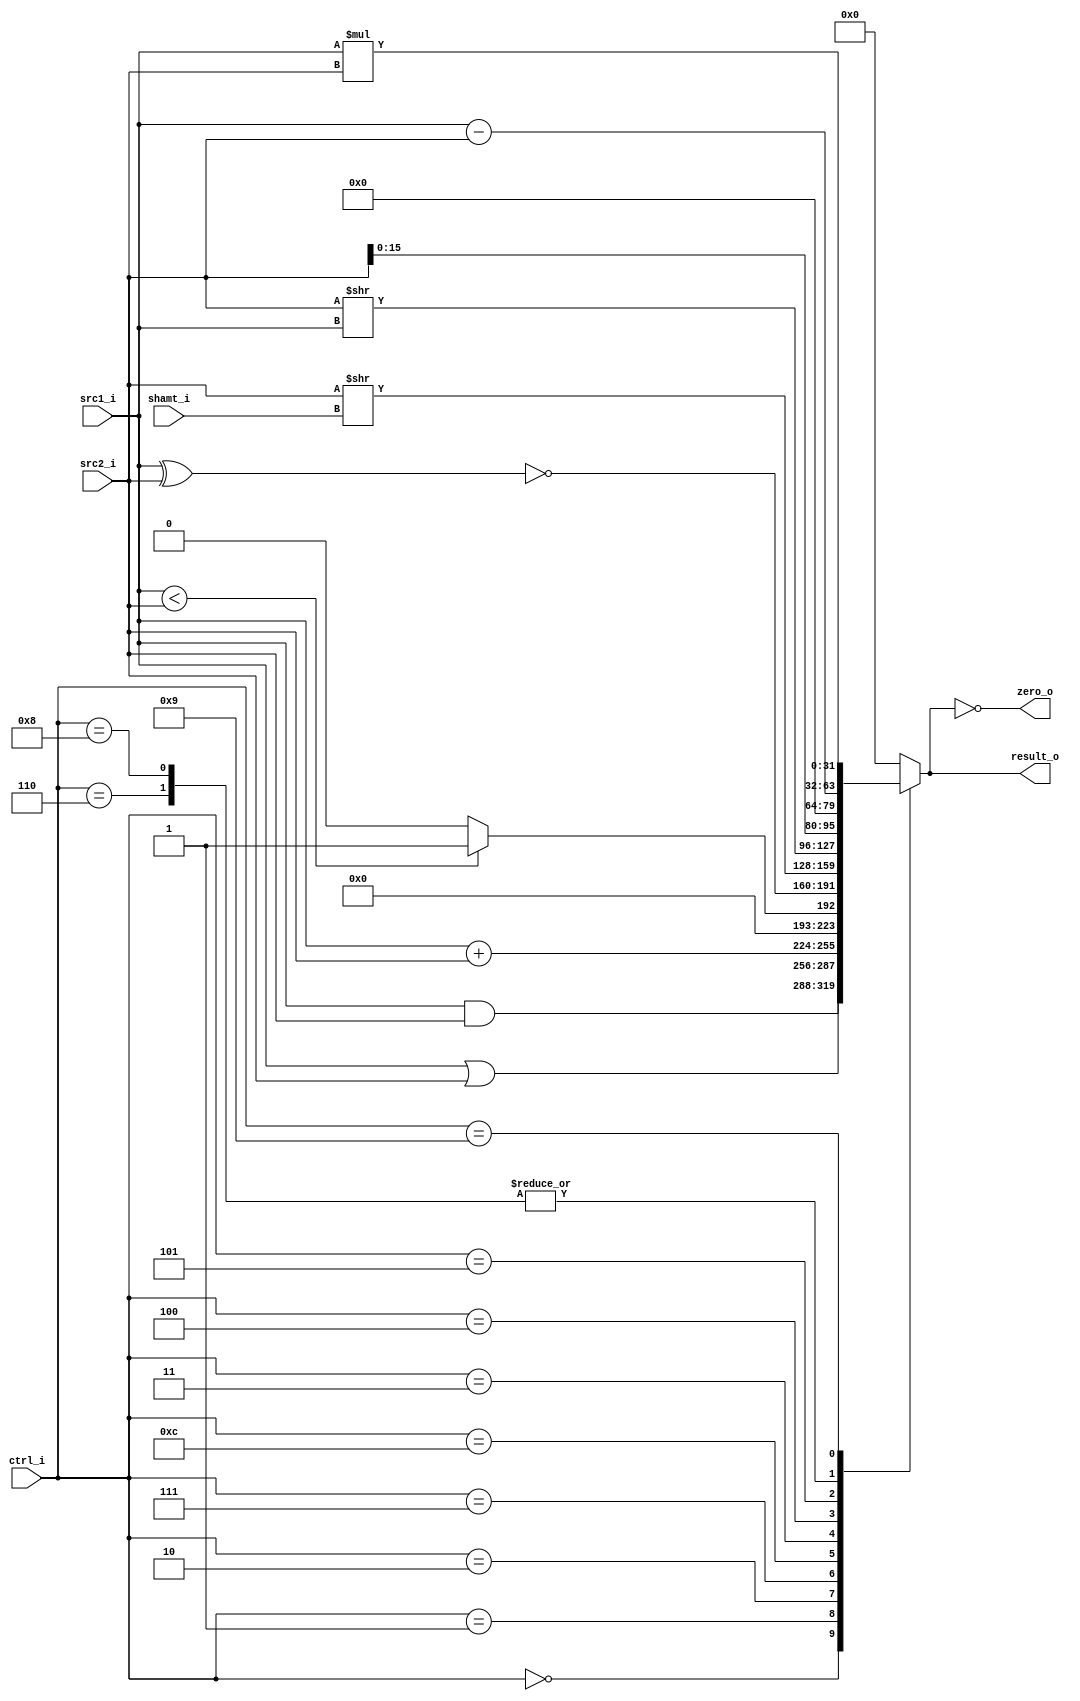
//Subject:     CO project 2 - ALU
//--------------------------------------------------------------------------------
//Version:     1
//--------------------------------------------------------------------------------
//Writer:      
//----------------------------------------------
//Date:        
//----------------------------------------------
//Description: 
//--------------------------------------------------------------------------------

module ALU(
    src1_i,
	src2_i,
	ctrl_i,
	shamt_i,
	result_o,
	zero_o
	);
     
//I/O ports
input  [32-1:0]  src1_i;
input  [32-1:0]	 src2_i;
input  [4-1:0]   ctrl_i;
input  [5-1:0]	 shamt_i;
output [32-1:0]	 result_o;
output           zero_o;

//Internal signals
reg    [32-1:0]  result_o;
reg zero_o;

//Parameter
parameter AND = 0;
parameter OR  = 1;
parameter ADD = 2;
parameter SUB = 6;
parameter SLT = 7;
parameter NOR = 12;
parameter SRL = 3;
parameter SRLV = 4;
parameter LUI =5;
parameter BGEZ = 8;
parameter MUL = 9;

//Main function
always @(src1_i, src2_i, ctrl_i,shamt_i) begin
	case (ctrl_i)
		AND:	result_o = src1_i & src2_i;
		OR:		result_o = src1_i | src2_i;
		ADD:	result_o = src1_i + src2_i;
		SUB:	result_o = src1_i - src2_i;
		SLT:	result_o = src1_i < src2_i ? 1:0;
		NOR: 	result_o = ~(src1_i ^ src2_i); 
		SRL:	result_o = src2_i >> shamt_i;
		SRLV:	result_o = src2_i >> src1_i;
		LUI:	result_o = src2_i << 16;
		BGEZ:	result_o = src1_i - src2_i;
		MUL:	result_o = src1_i * src2_i;
		default	:result_o = 0;
	endcase
	zero_o = (result_o == 0);
end

endmodule